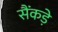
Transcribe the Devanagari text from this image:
सैंकड़े